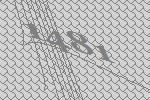
1481